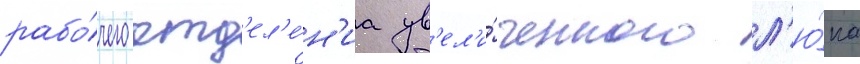
рабо́чего отд'ел'е́н'иа ув'ел'и́ченного л'ю́ка